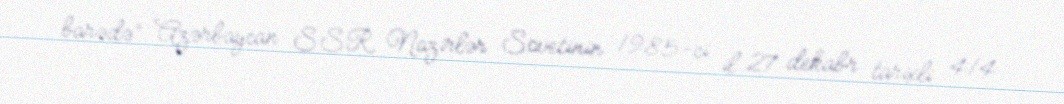
barədə” Azərbaycan SSR Nazirlər Sovetinin 1985-ci il 27 dekabr tarixli 414